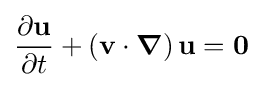
{\frac {\partial \mathbf {u} }{\partial t}}+\left(\mathbf {v} \cdot {\boldsymbol {\nabla }}\right)\mathbf {u} =\mathbf {0}